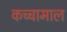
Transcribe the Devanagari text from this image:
कच्‍चामाल